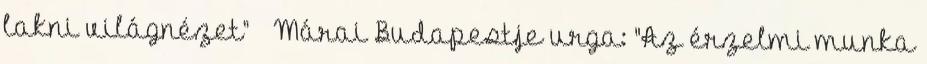
lakni világnézet” – Márai Budapestje urga: "Az érzelmi munka